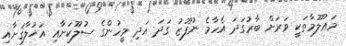
މަޢުލޫމާތަކީ ވަރަށް ބާރުގަދަ އެހާމެ ނުފޫޒު ގަދަ އަދި މީހުންގެ ސުލޫކަށާއި އަޚުލާޤަށާއި